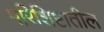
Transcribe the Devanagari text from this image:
परिशिष्टातील